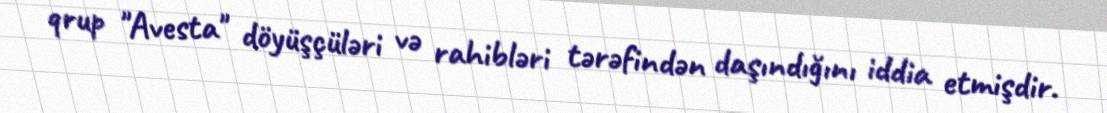
qrup "Avesta" döyüşçüləri və rahibləri tərəfindən daşındığını iddia etmişdir.